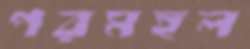
পরমহল